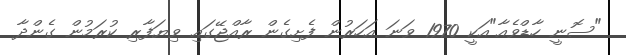
"ސޮނީ ހާޑްވެއާ"އަކީ 1970 ވަނަ އަހަރުން ފެށިގެން ރާއްޖޭގައި ވިޔަފާރި ކުރަމުން ގެންދާ